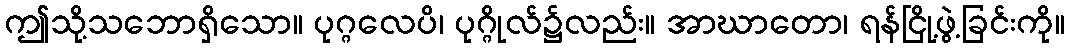
ဤသို့သဘောရှိသော။ ပုဂ္ဂလေပိ၊ ပုဂ္ဂိုလ်၌လည်း။ အာဃာတော၊ ရန်ငြို့ဖွဲ့ခြင်းကို။